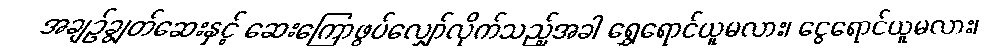
အချဉ်ချွတ်ဆေးနှင့် ဆေးကြောဖွပ်လျှော်လိုက်သည့်အခါ ရွှေရောင်ယူမလား၊ ငွေရောင်ယူမလား၊